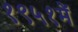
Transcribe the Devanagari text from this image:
१९५१में